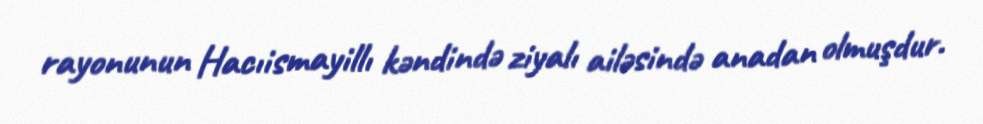
rayonunun Hacıismayillı kəndində ziyalı ailəsində anadan olmuşdur.